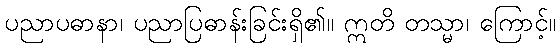
ပညာပဓာနာ၊ ပညာပြဓာန်းခြင်းရှိ၏။ ဣတိ တသ္မာ၊ ကြောင့်။